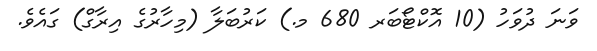
ވަނަ ދުވަހު (10 އޮކްޓޯބަރ 680 މ.) ކަރުބަލާ (މިހާރުގެ އިރާގް) ގައެވެ.